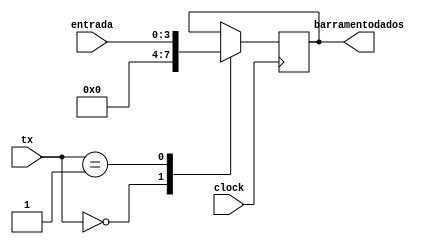
module REGISTRADORx(entrada,barramentodados,tx,clock);//barramento de dados
    input wire clock;
    input wire [3:0] entrada,tx;
    output reg [3:0] barramentodados;
    
    parameter CLEAR = 4'd0;
    parameter LOAD = 4'd1;
    parameter HOLD = 4'd2;
    parameter SHIFTR = 4'd3;
    
    always @(posedge clock) begin
        case(tx)
            CLEAR: barramentodados<=4'd0;
            LOAD: barramentodados<=entrada;
            //hold n faz nada
        endcase
    end
endmodule